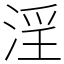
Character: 淫